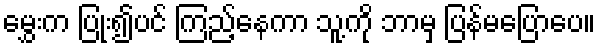
မွှေးက ပြုံး၍ပင် ကြည့်နေကာ သူ့ကို ဘာမှ ပြန်မပြောပေ။